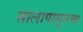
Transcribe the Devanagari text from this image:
सालापासूनचा